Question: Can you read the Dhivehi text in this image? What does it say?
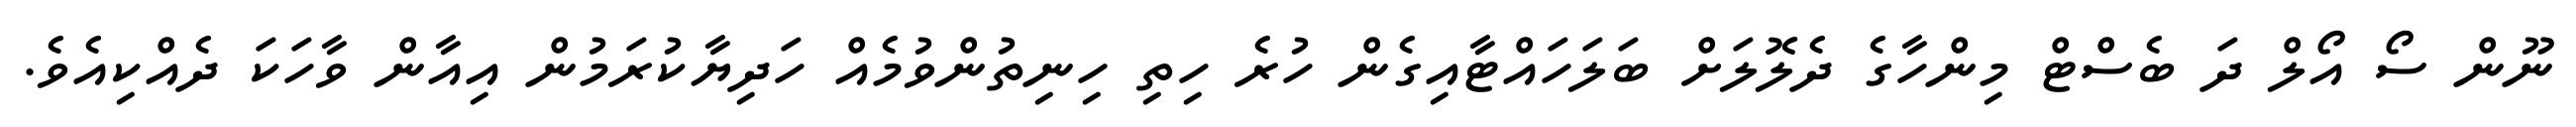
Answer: ނޫން ސޯ އޯލް ދަ ބެސްޓް މިންހާގެ ދެލޮލަށް ބަލަހައްޓާއިގެން ހުރެ ހިތި ހިނިތުންވުމެއް ހަދިޔާކުރަމުން އިއާން ވާހަކަ ދެއްކިއެވެ.